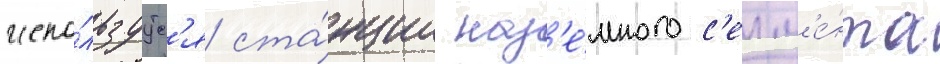
испо́льзуутс'я ста́нции наз'е́много с'егм'е́нта